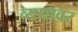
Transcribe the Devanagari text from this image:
व्ययावर